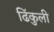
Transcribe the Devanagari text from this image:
ढिंकुली